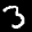
Label: 3